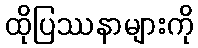
ထိုပြဿနာများကို